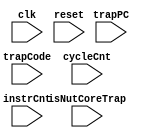
`ifdef VERILATOR
import "DPI-C" function void monitor
(
  input  int  trapCode,
  input  longint  trapPC,
  input  longint  cycleCnt,
  input  longint  instrCnt
);
`endif

module Monitor(
  input         clk,
  input         reset,
  input         isNutCoreTrap,
  input  [31:0] trapCode,
  input  [63:0] trapPC,
  input  [63:0] cycleCnt,
  input  [63:0] instrCnt
);

`ifdef VERILATOR
  always @(posedge clk) begin
     monitor((isNutCoreTrap && !reset) ? trapCode : -1,
       trapPC, cycleCnt, instrCnt);
  end
`endif

endmodule